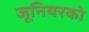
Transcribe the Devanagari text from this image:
जूनियरको